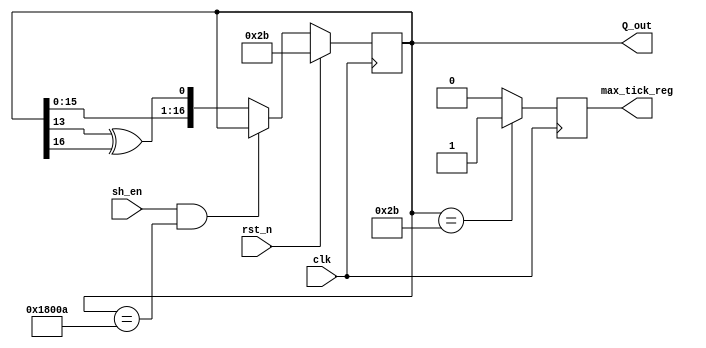
module lsfr_17bit #(parameter seed = 17'b101011)	
(input	clk,sh_en, rst_n,	
output [16:0] Q_out,
output reg max_tick_reg);
		
reg [16:0] Q_state;	
wire [16:0] Q_ns;	

always @(posedge clk) begin	
    
    
    if (Q_state == seed)        //max tick logic
        max_tick_reg = 1'b1;
    else
        max_tick_reg = 1'b0;
        
    if	(rst_n)	
        Q_state	<=	seed;
    else if (!(sh_en & (Q_state == 17'b11000000000001010)))             // pauses when sh_en is low
        Q_state	<=	Q_ns;
  
end	
    
//next	state	logic
assign	Q_fb	=	Q_state[13]	^	Q_state[16];	
assign	Q_ns	=	{Q_state[15:0],Q_fb};	
//output	logic
assign	Q_out	=	Q_state;	
endmodule